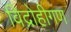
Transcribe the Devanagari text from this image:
विद्रोहीगण